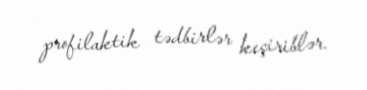
profilaktik tədbirlər keçiriblər.